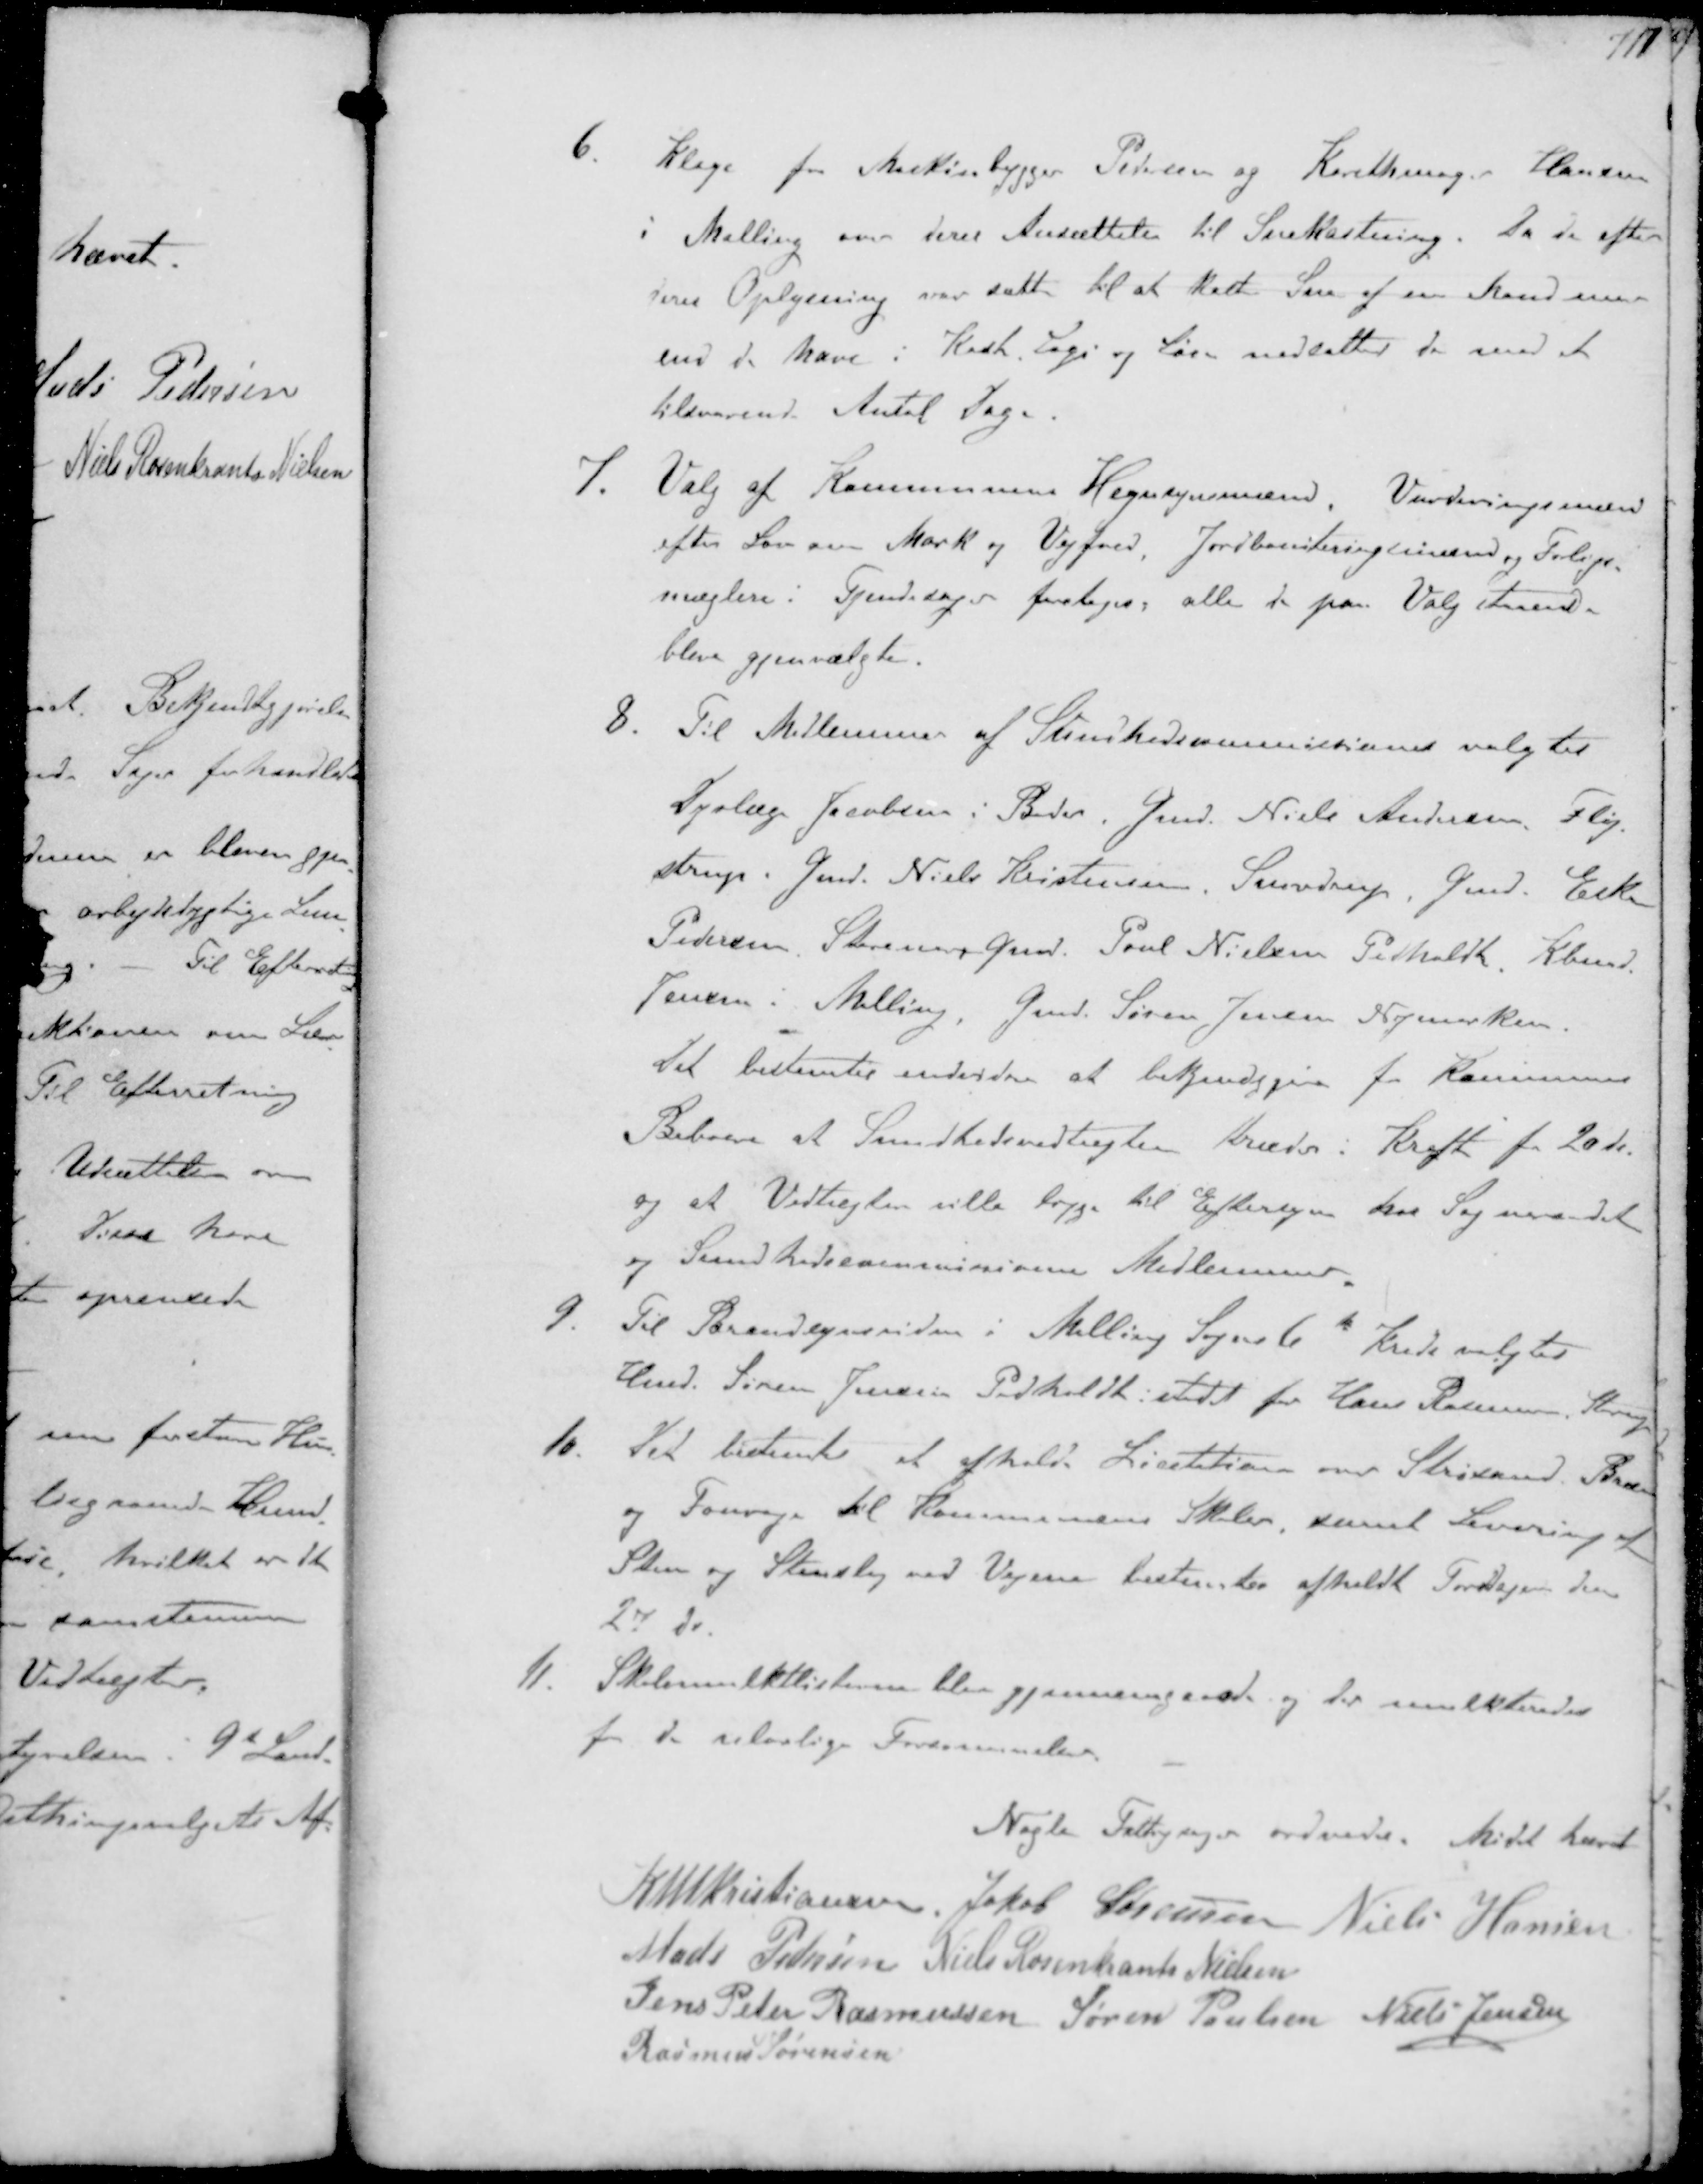
Transskription:
6. Klage fra Maskinbygger Pedersen og Karethmager Hansen
i Malling om deres Ansættelse til Snekastning. Da de efter
deres Oplysning var satte til at kaste Sne af en Mand naar
end de have i Kost Lgi og Løn nedsatter de med et
tilsvarende Antal Dage
7. Valg af Kommunens Hegnsynsmænd, Vurderingsmænd
efter Lov om Mark og Vejfred Jordboniteringsmænd og Forligs-
mæglere i Tyendesager foretoges alle de paa Valg staaende
bleve gjenvalgte.
8. Til Medlemmer af Sundhedskommiesionen valgtes
Dyrlæge Jacobsen i Beder. Gmd Niels Andersen Fløj-
strup. Gmd. Niels Kristensen, Snovdrup Gmd. Eske
Pedersen Storenor Gmd. Poul Nielsen Pedholdt Kbmd.
Jensen i Malling, Gmd. Søren Jensen Nymarken.
Det bestemter endvidere at bekendgjøre for Kommunens
Beboere at Sundhedsvedtægten træder i Kraft fra 20 ds
og et Vedtægten ville ligge til Eftersyn hos Sogneraadet
og Sundhedssommissionens Medlemmer
9. Til Brandsynsvidne i Milling Sogns 6te Kreds valgtes
Hmd. Søren Jensen Pedholdt istedet for Hans Rasmussen, Starup
10 Det bistemtes at afholde Licitation over Strøsand Brænde
og Fourage til Kommunens Skoler, samt Levering af
Sten og Stenslag ved Vejene bestemtes afholdt Torsdagen den
27 ds.
11. Skolemulktlisterne blev gjennemgaaede og der mulkteredes
for de ulovlige Forsømmelser

Nogte Fattigsager ordnedes. Mødet hævet

K N M Kristiansen Jakob Sørensen Niels Hansen
Mads Pedersen Niels Rosenkrands Nielsen
Jens Peter Rasmussen Søren Poulsen Niels Jensen
Rasmus Sørensen